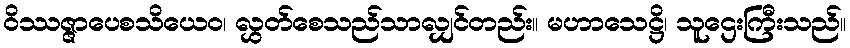
ဝိဿဇ္ဇာပေစသိယေဝ၊ လွှတ်စေသည်သာလျှင်တည်း။ မဟာသေဋ္ဌိ၊ သူဌေးကြီးသည်။